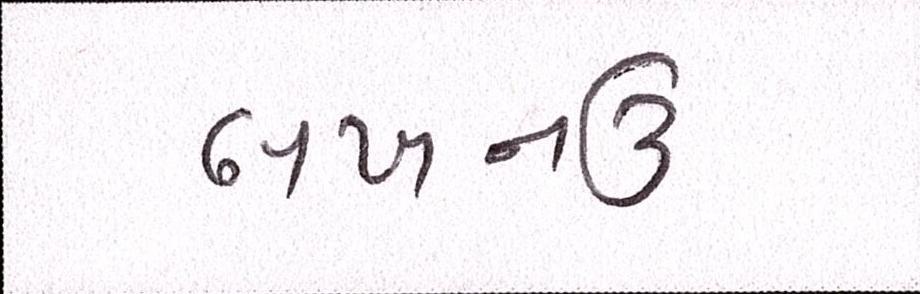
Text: લખનઉ